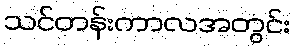
သင်တန်းကာလအတွင်း